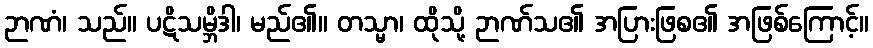
ဉာဏံ၊ သည်။ ပဋိသမ္ဘိဒါ၊ မည်၏။ တသ္မာ၊ ထိုသို့ ဉာဏ်သ၏ အပြားဖြစ၏ အဖြစ်ကြောင့်။